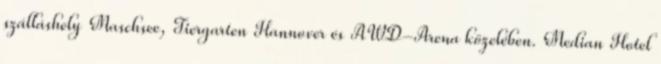
szálláshely Maschsee, Tiergarten Hannover és AWD-Arena közelében. Median Hotel